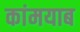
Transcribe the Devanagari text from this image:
कांमयाब